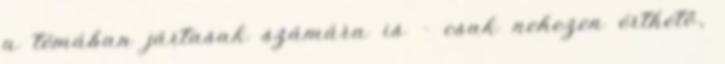
a témában jártasak számára is - csak nehezen érthető,